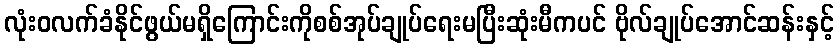
လုံးဝလက်ခံနိုင်ဖွယ်မရှိကြောင်းကိုစစ်အုပ်ချုပ်ရေးမပြီးဆုံးမီကပင် ဗိုလ်ချုပ်အောင်ဆန်းနှင့်